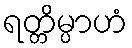
ရတ္တိမ္ပာဟံ